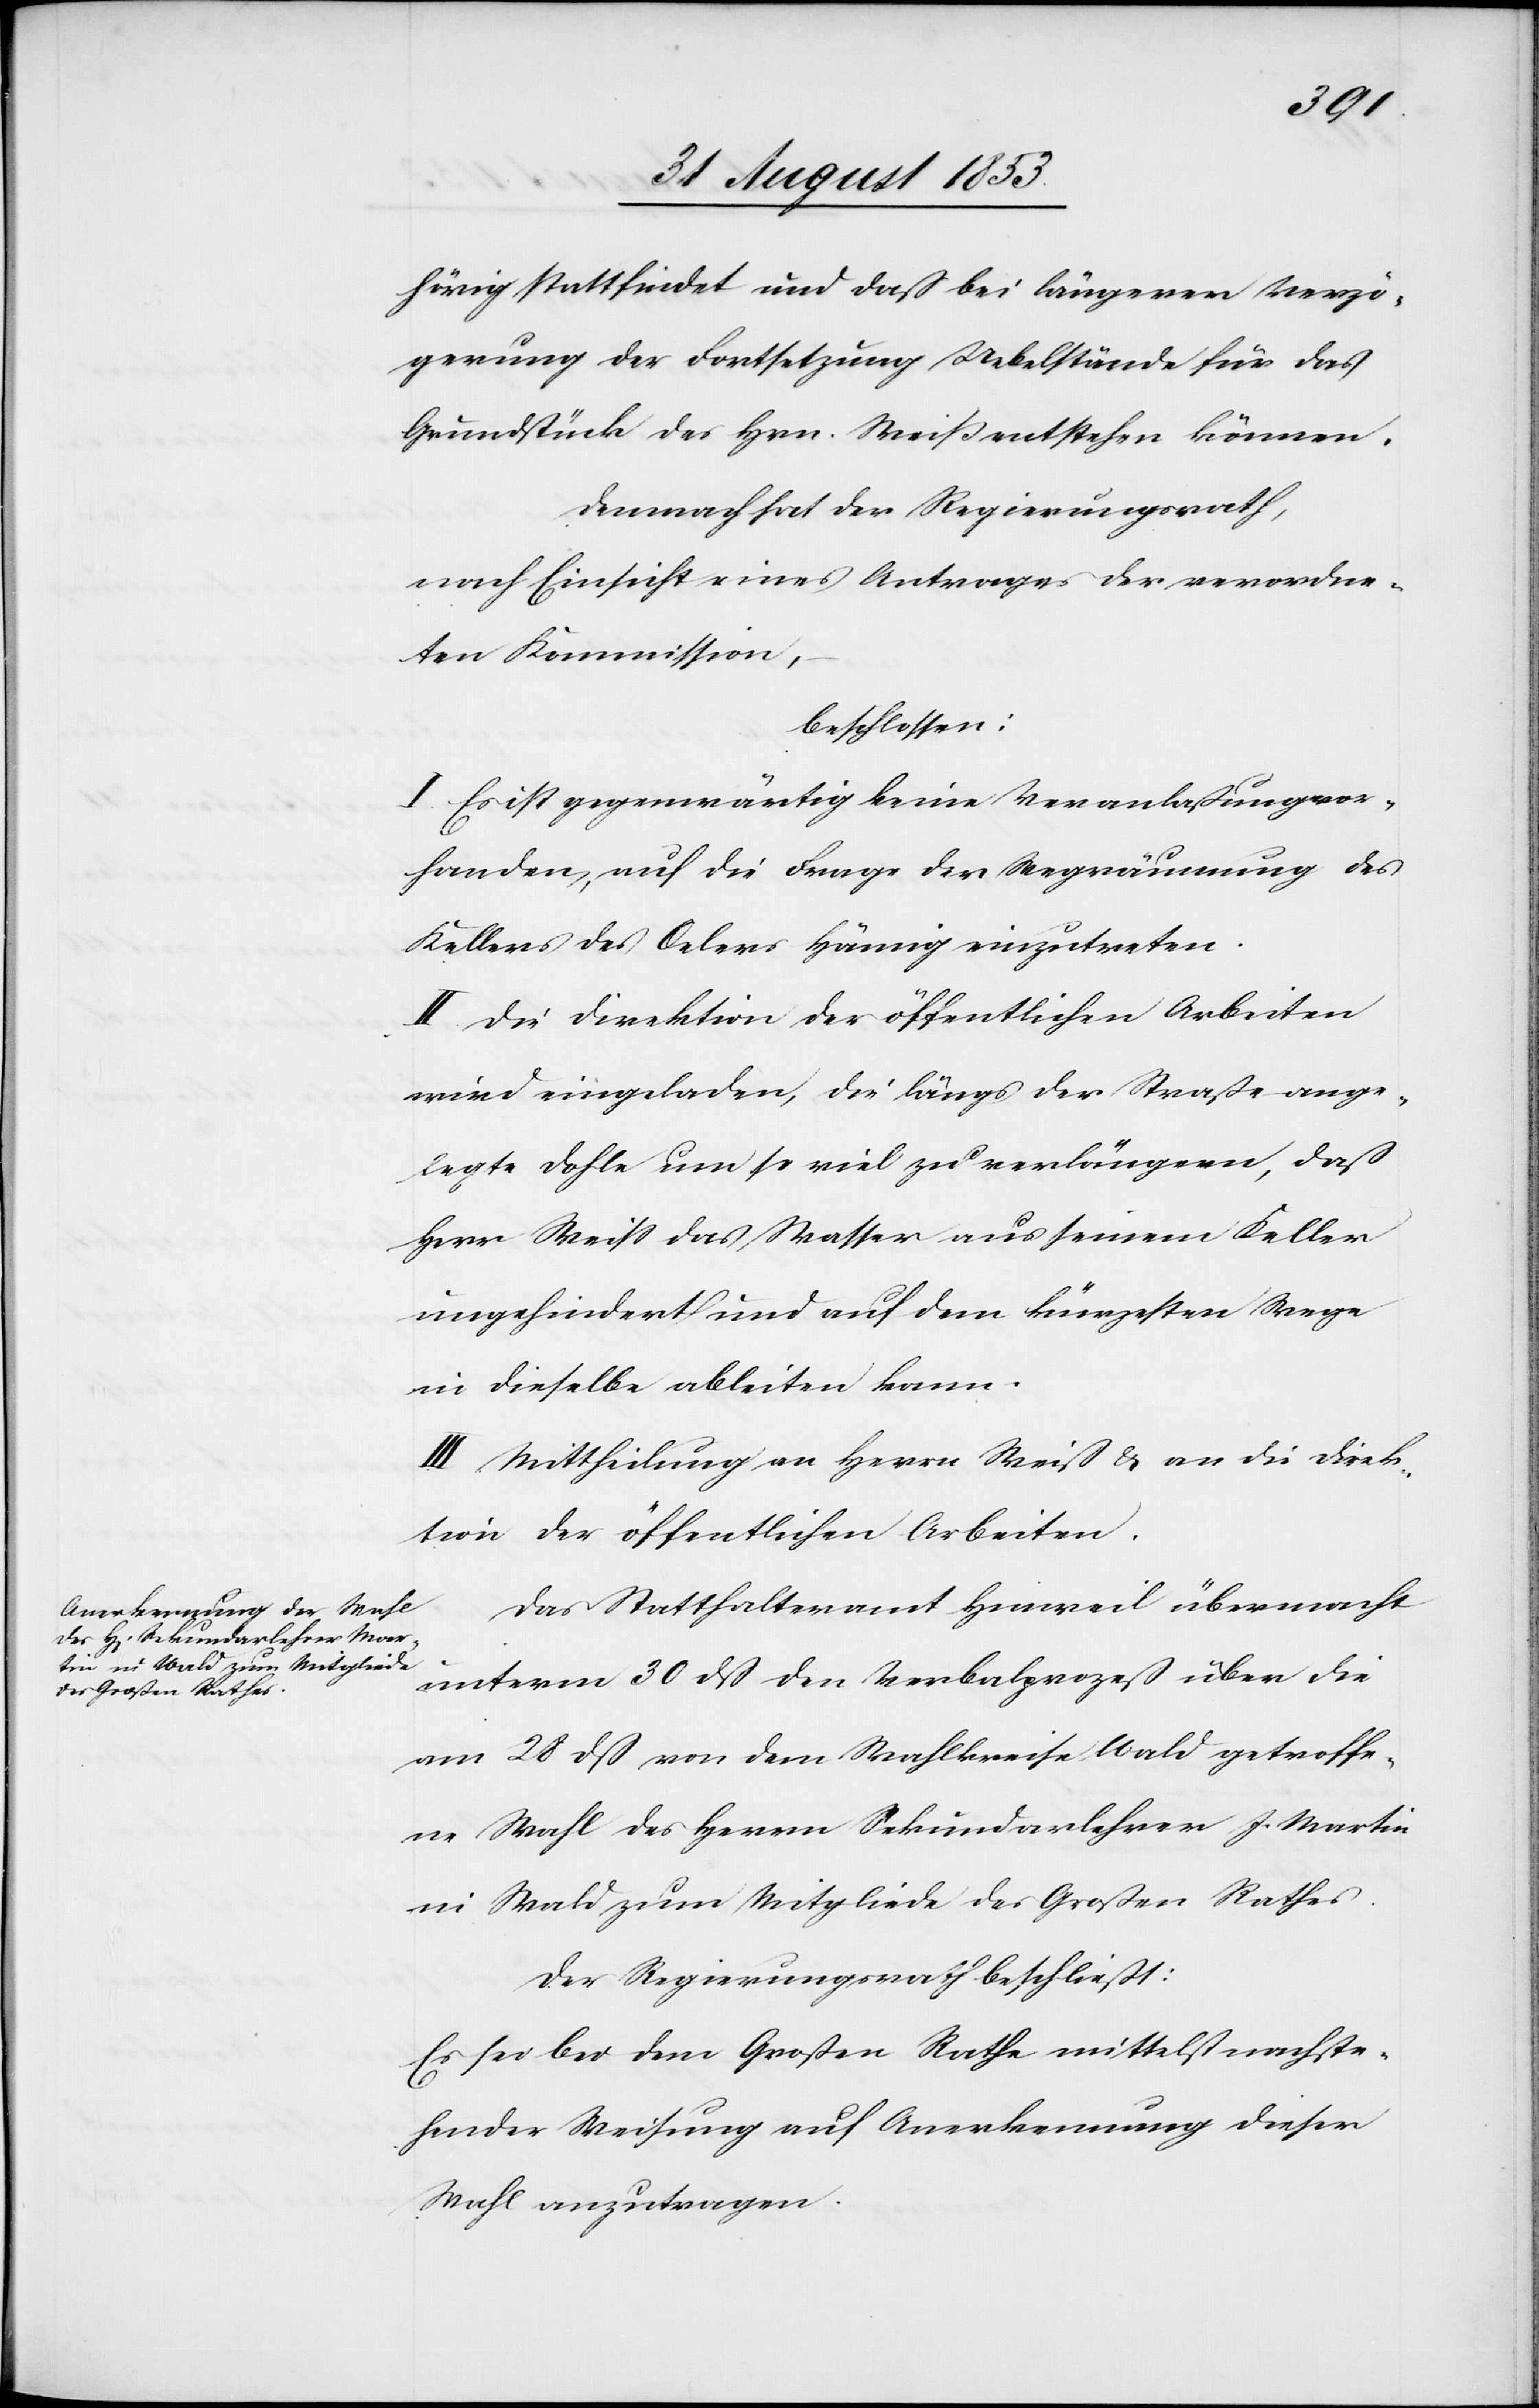
hörig stattfindet und daß bei kürzerer Verzö¬
gerung der Fortsetzung Uebelstände für das
Grundstück des Hrn. Weiß entstehen können.
Demnach hat der Regierungsrath,
nach Einsicht eines Antrages der verordne¬
ten Kommissionen,–
beschlossen:
I. Es ist gegenwärtig keine Veranlaßung vor¬
handen, auf die Frage der Wegräumung des
Kellers des Oelers Hämig einzutreten.
II. Die Direktion der öffentlichen Arbeiten
wird eingeladen, die längs der Straße ange¬
legte Dohle um so viel zu verlängern, daß
Herr Weiß das Wasser aus seinem Keller
ungehindert und auf dem kürzesten Wege
in dieselbe ableiten kann.
III. Mittheilung an Herrn Weiß u. an die Direk¬
tion der öffentlichen Arbeiten.
Das Statthalteramt Hinweil übermacht
unterm 30 dß den Verbalprozeß über die
am 28 dß von dem Wahlkreise Wald getroffe¬
ne Wahl des Herrn Sekundarlehrer J. Martin
in Wald zum Mitgliede des Großen Rathes.
Der Regierungsrath beschließt:
Es sei bei dem Großen Rathe mittelst nachste¬
hender Weisung auf Anerkennung dieser
Wahl anzutragen.